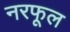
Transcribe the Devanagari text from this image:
नरफूल